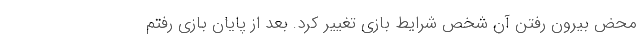
محض بیرون رفتن آن شخص شرایط بازی تغییر کرد. بعد از پایان بازی رفتم